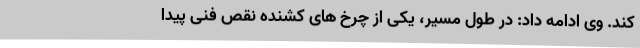
کند. وی ادامه داد: در طول مسیر، یکی از چرخ های کشنده نقص فنی پیدا